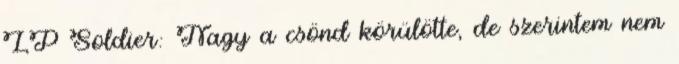
LP Soldier: Nagy a csönd körülötte, de szerintem nem